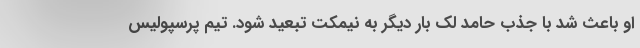
او باعث شد با جذب حامد لک بار دیگر به نیمکت تبعید شود. تیم پرسپولیس